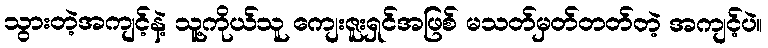
သွားတဲ့အကျင့်နဲ့ သူ့ကိုယ်သူ ကျေးဇူးရှင်အဖြစ် မသတ်မှတ်တတ်တဲ့ အကျင့်ပဲ။